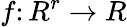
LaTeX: f\colon R^{r}\to R